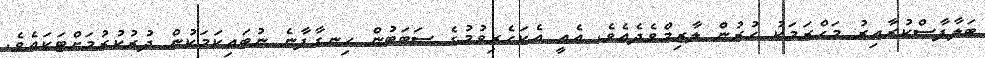
ބަލާފާސްކުރާއިރު މަޙްރަމަކު ހުރުން ލާޒިމްވެދެއެވެ. އެއީ އެކަހެރިވުމުގެ ސަބަބުން ހިނގާފާނެ ނުބައިކަމަކުން ދުރުކުރުމަށްޓަކައެވެ.